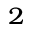
_ 2